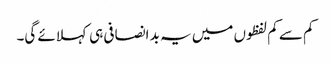
کم سے کم لفظوں میں یہ بد انصافی ہی کہلائے گی۔